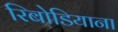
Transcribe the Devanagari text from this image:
रिबोडियाना